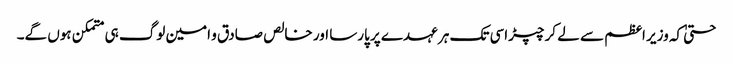
حتیٰ کہ وزیر اعظم سے لے کر چپڑاسی تک ہر عہدے پر پارسا اور خالص صادق و امین لوگ ہی متمکن ہوں گے۔